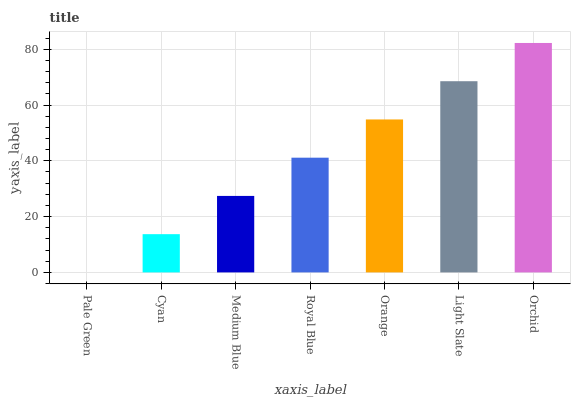
| xaxis_label | bars |
 | --- | --- |
 | Pale Green | 0 |
 | Cyan | 13.7 |
 | Medium Blue | 27.4 |
 | Royal Blue | 41.1 |
 | Orange | 54.8 |
 | Light Slate | 68.5 |
 | Orchid | 82.2 |